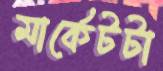
মার্কেটটা